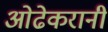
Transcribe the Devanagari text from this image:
ओढेकरानी